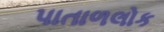
પાતાળલોક